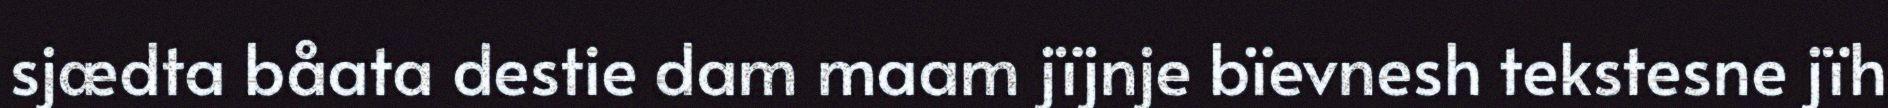
sjædta båata destie dam maam jïjnje bïevnesh tekstesne jïh